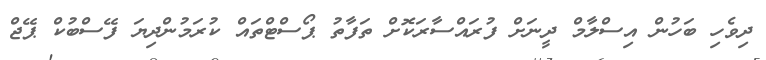
ދިވެހި ބަހުން އިސްލާމް ދީނަށް ފުރައްސާރަކޮށް ތަފާތު ޕޯސްޓްތައް ކުރަމުންދިޔަ ފޭސްބުކް ޕޭޖް